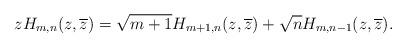
LaTeX: \begin{align*}zH_{m,n}(z,\overline{z})=\sqrt{m+1}H_{m+1,n}(z,\overline{z})+\sqrt{n}H_{m,n-1}(z,\overline{z}).\end{align*}